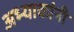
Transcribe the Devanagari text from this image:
अभ्याकांनी